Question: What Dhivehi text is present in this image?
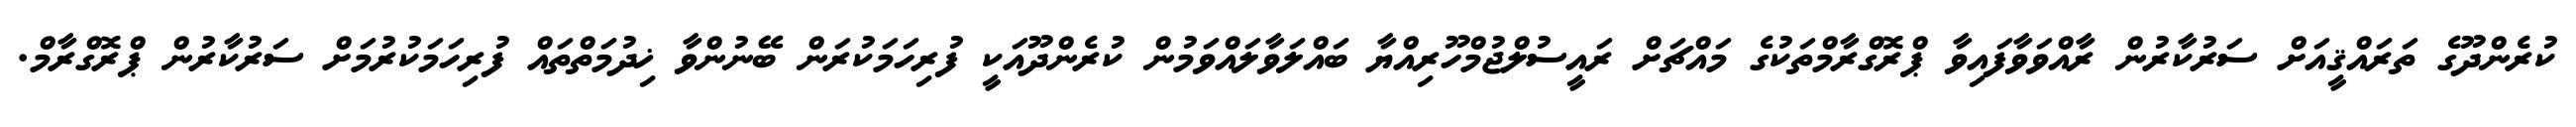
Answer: ކުރެންދޫގެ ތަރައްޤީއަށް ސަރުކާރުން ރާއްވަވާފައިވާ ޕްރޮގްރާމްތަކުގެ މައްޗަށް ރައީސުލްޖުމްހޫރިއްޔާ ބައްލަވާލައްވަމުން ކުރެންދޫއަކީ ފުރިހަމަކުރަން ބޭނުންވާ ޚިދުމަތްތައް ފުރިހަމަކުރުމަށް ސަރުކާރުން ޕްރޮގްރާމް.